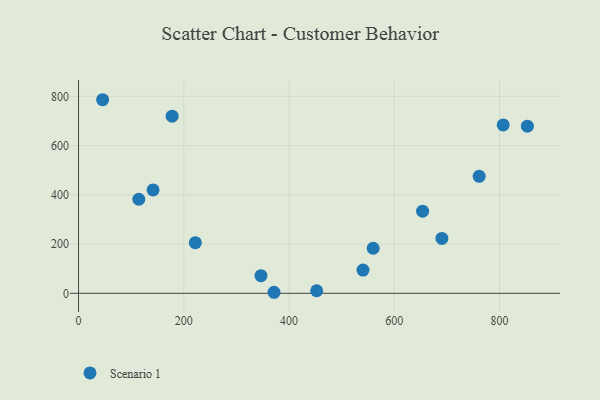
{"axis": {"x": "Ad Spend", "y": "Salary"}, "legend": ["Scenario 1"], "data": [{"x": "690.5", "y": 222.8, "type": "Scenario 1"}, {"x": "346.7", "y": 71.8, "type": "Scenario 1"}, {"x": "653.8", "y": 333.4, "type": "Scenario 1"}, {"x": "806.9", "y": 683.7, "type": "Scenario 1"}, {"x": "45.8", "y": 786.2, "type": "Scenario 1"}, {"x": "540.6", "y": 94.5, "type": "Scenario 1"}, {"x": "852.9", "y": 678.9, "type": "Scenario 1"}, {"x": "452.5", "y": 10.3, "type": "Scenario 1"}, {"x": "114.5", "y": 382.1, "type": "Scenario 1"}, {"x": "371.5", "y": 4.2, "type": "Scenario 1"}, {"x": "761.3", "y": 475.2, "type": "Scenario 1"}, {"x": "177.9", "y": 719.4, "type": "Scenario 1"}, {"x": "222.0", "y": 205.7, "type": "Scenario 1"}, {"x": "559.9", "y": 183.0, "type": "Scenario 1"}, {"x": "141.7", "y": 419.9, "type": "Scenario 1"}]}